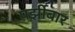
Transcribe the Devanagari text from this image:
पर्झीबार